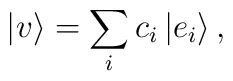
|v\rangle=\sum_{i}c_{i}\left|  e_{i}\right\rangle ,